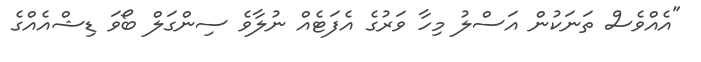
"އެއްވެސް ތަނަކުން އަސްލު މިހާ ވަރުގެ އެފަޓެއް ނުލާވެ ސިންގަލް ބޯވަ ޑިޝްއެއްގެ